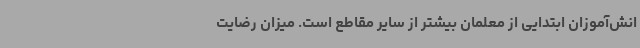
انش‌آموزان ابتدایی از معلمان بیشتر از سایر مقاطع است. میزان رضایت